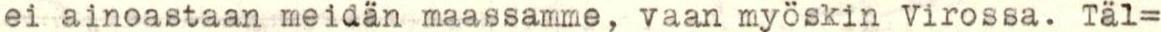
ei ainoastaan meidän maassamme, vaan myöskin virossa. Täl=